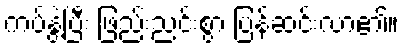
ကပ်နွဲ့ပြီး ဖြည်းညင်းစွာ ပြန်ဆင်းလာ၏။